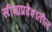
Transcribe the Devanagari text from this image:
सीमाप्रदेशातील